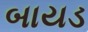
બાયડ